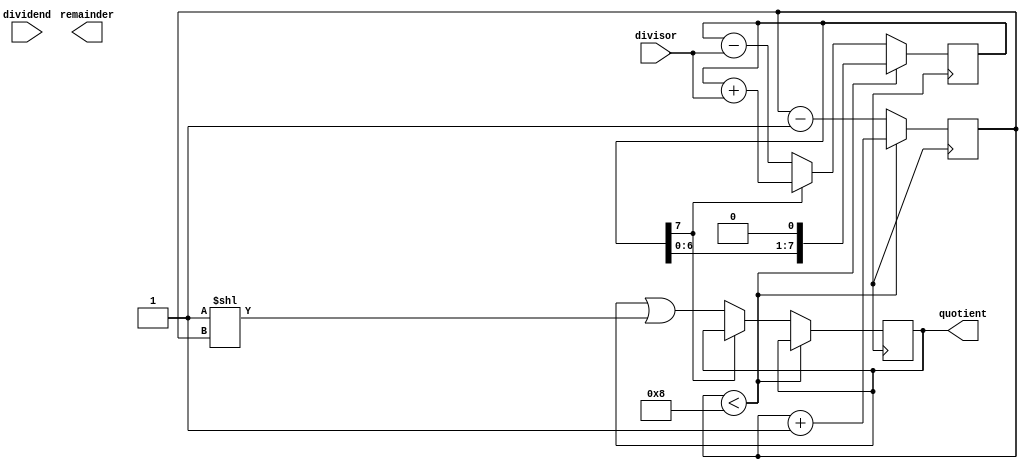
module ShiftAndSubtractDivider (
    input wire [7:0] dividend,
    input wire [7:0] divisor,
    output reg [7:0] quotient,
    output reg [7:0] remainder
);

reg [7:0] partial_remainder;
reg [3:0] shift_count;

always @(posedge clk) begin
    if (shift_count < 8) begin
        partial_remainder <= {partial_remainder, 1'b0};
        shift_count <= shift_count + 1;
    end else begin
        partial_remainder <= partial_remainder - divisor;
        if (partial_remainder[7] == 1) begin
            partial_remainder <= partial_remainder + divisor;
        end else begin
            quotient <= quotient | (1 << shift_count);
        end
        shift_count <= shift_count - 1;
    end
end

endmodule